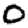
Digit: 0